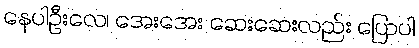
နေပါဦးလေ၊ အေးအေး ဆေးဆေးလည်း ပြောပါ